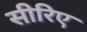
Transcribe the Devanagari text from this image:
सीरिए